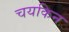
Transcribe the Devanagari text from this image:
चयकिन